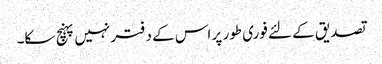
تصدیق کے لئے فوری طور پر اس کے دفتر نہیں پہنچ سکا۔